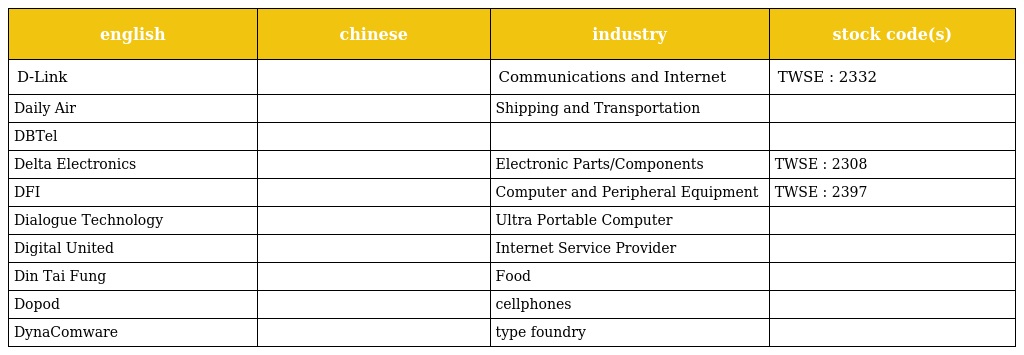
| english | chinese | industry | stock code(s) |
 | --- | --- | --- | --- |
 | D-Link | 友訊科技 | Communications and Internet | TWSE : 2332 |
 | Daily Air | 德安航空 | Shipping and Transportation |  |
 | DBTel | 大霸電子 |  |  |
 | Delta Electronics | 台達電子 | Electronic Parts/Components | TWSE : 2308 |
 | DFI | 友通資訊 | Computer and Peripheral Equipment | TWSE : 2397 |
 | Dialogue Technology | 江川科技 | Ultra Portable Computer |  |
 | Digital United | 數位聯合 | Internet Service Provider |  |
 | Din Tai Fung | 鼎泰豐 | Food |  |
 | Dopod | 多普達 | cellphones |  |
 | DynaComware | 威鋒數位 | type foundry |  |